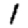
Digit: 1